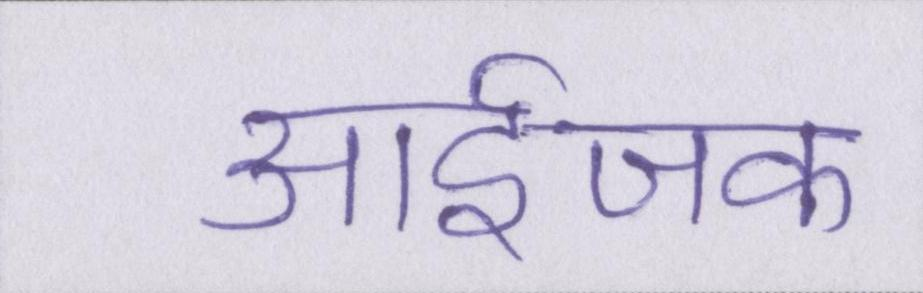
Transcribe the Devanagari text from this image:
आईजक